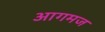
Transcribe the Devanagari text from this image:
आगमज